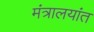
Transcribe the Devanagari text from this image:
मंत्रालयांत